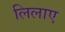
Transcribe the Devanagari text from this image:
लिलाए